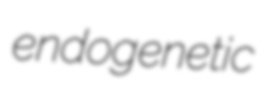
endogenetic